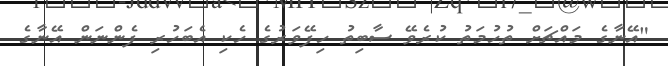
"އޭނާގެ މައްޗަށް ތުހުމަތު ކުރެވޭ ސާބިތު ހިފޭވަރުގެ ހެކި އެބަހުރި ފެންނަން އޭނާގެ